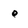
Character: o